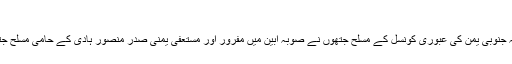
اگست 21, 2019	138 Views
ابوظہبی (مانیٹرنگ ڈیسک)متحدہ عرب امارات سے وابستہ جنوبی یمن کی عبوری کونسل کے مسلح جتھوں نے صوبہ ابین میں مفرور اور مستعفی یمنی صدر منصور ہادی کے حامی مسلح جتھوں کے متعدد مراکز کو اپنے محاصرے میں لے لیا ہے۔